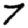
Digit: 7